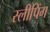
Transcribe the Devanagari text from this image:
स्‍लीपिंग